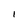
Character: I